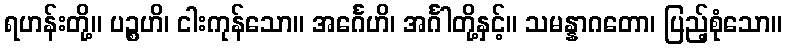
ရဟန်းတို့။ ပဉ္စဟိ၊ ငါးကုန်သော။ အင်္ဂေဟိ၊ အင်္ဂါတို့နှင့်။ သမန္နာဂတော၊ ပြည့်စုံသော။